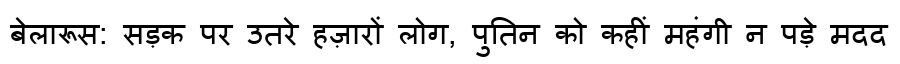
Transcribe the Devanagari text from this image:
बेलारूस: सड़क पर उतरे हज़ारों लोग, पुतिन को कहीं महंगी न पड़े मदद